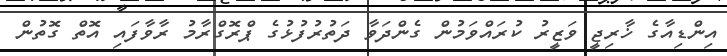
އިންޑިއާގެ ޚާރިޖީ ވަޒީރު ކުރައްވަމުން ގެންދަވާ ދަތުރުފުޅުގެ ޕްރޮގްރާމު ރާވާފައި އޮތް ގޮތުން